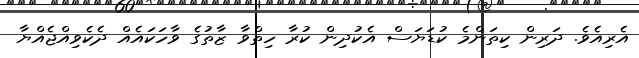
އެރިއެވެ. ދަރިން ކިތަންމެ ކުޑަޔަސް އެކުދިން ކުރާ ހިތްވާ ޒާތުގެ ވާހަކައެއް ދެކެވިއްޖެއްޔާ